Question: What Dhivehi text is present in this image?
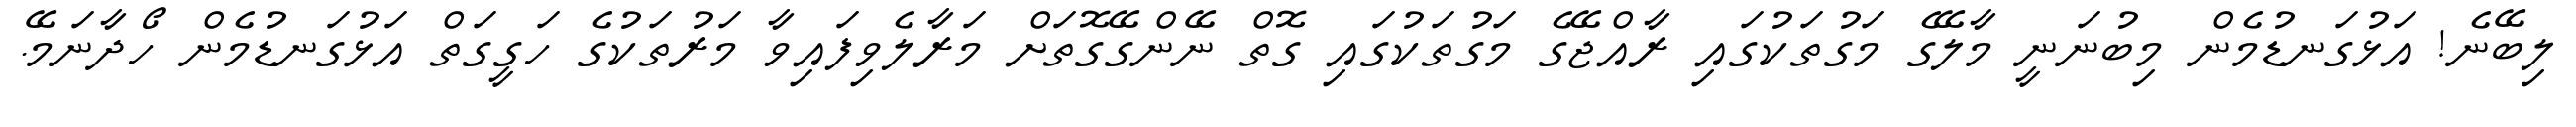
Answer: ލިބޭނެ! އަޅުގަނޑުމެން މިބުނަނީ މާލޭގެ މަގުތަކުގައި ރާއްޖޭގެ މަގުތަކުގައި ގޮތް ނޭންގޭގޮތަށް މަރާލެވިފައިވާ މަރުތަކުގެ ހަގީގަތް އަޅުގަނޑުމެން ހޯދާނަމޭ.